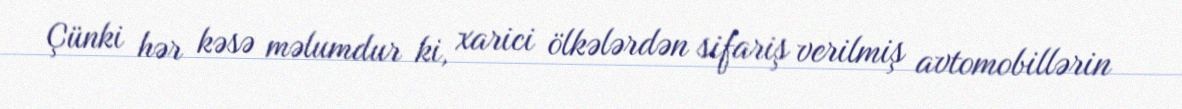
Çünki hər kəsə məlumdur ki, xarici ölkələrdən sifariş verilmiş avtomobillərin